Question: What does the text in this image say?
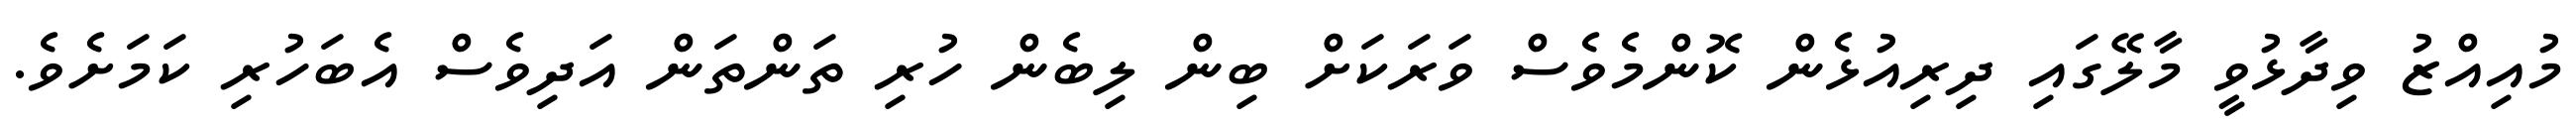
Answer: މުއިއްޒު ވިދާޅުވީ މާލޭގައި ދިރިއުޅެން ކޮންމެވެސް ވަރަކަށް ބިން ލިބެން ހުރި ތަންތަން އަދިވެސް އެބަހުރި ކަމަށެވެ.